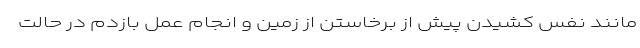
مانند نفس کشیدن پیش از برخاستن از زمین و انجام عمل بازدم در حالت